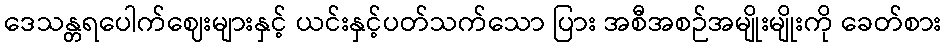
ဒေသန္တရပေါက်ဈေးများနှင့် ယင်းနှင့်ပတ်သက်သော ပြား အစီအစဉ်အမျိုးမျိုးကို ခေတ်စား